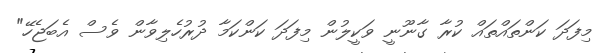
މިފަދަ ކަންތައްތައް ކުރާ ގާނޫނީ ވަކީލުން މިފަދަ ކަންކަމާ ދުރުހެލިވާން ވެސް އެބަޖެހޭ"